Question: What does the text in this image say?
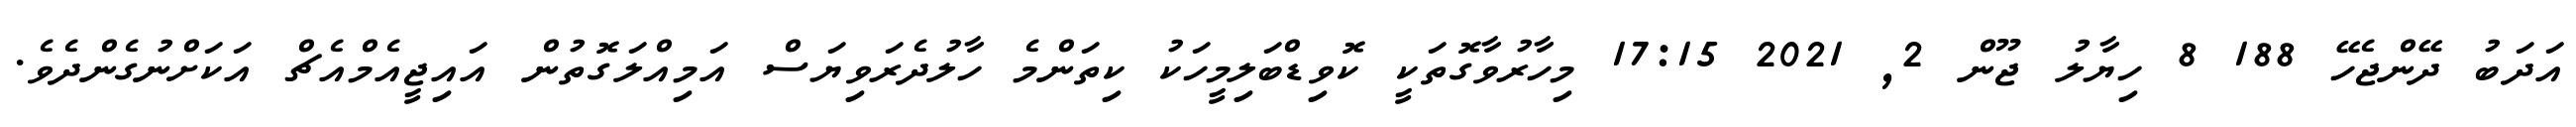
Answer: އަދަބު ދޭންޖެހޭ 188 8 ހިޔާލު ޖޫން 2, 2021 17:15 މިހާރުވާގޮތަކީ ކޮވިޑްބަލިމީހަކު ކިތަންމެ ހާލުދެރަވިޔަސް އަމިއްލަގޮތުން އައިޖީއެމްއެޗް އަކަށްނުގެންދެވެ.